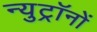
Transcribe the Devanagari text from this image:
न्युट्रॉनों